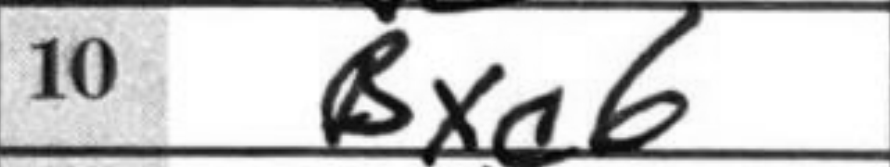
Transcription: Bxc6